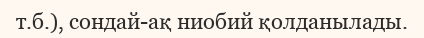
т.б.), сондай-ақ ниобий қолданылады.